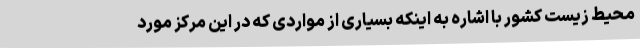
محیط زیست کشور با اشاره به اینکه بسیاری از مواردی که در این مرکز مورد